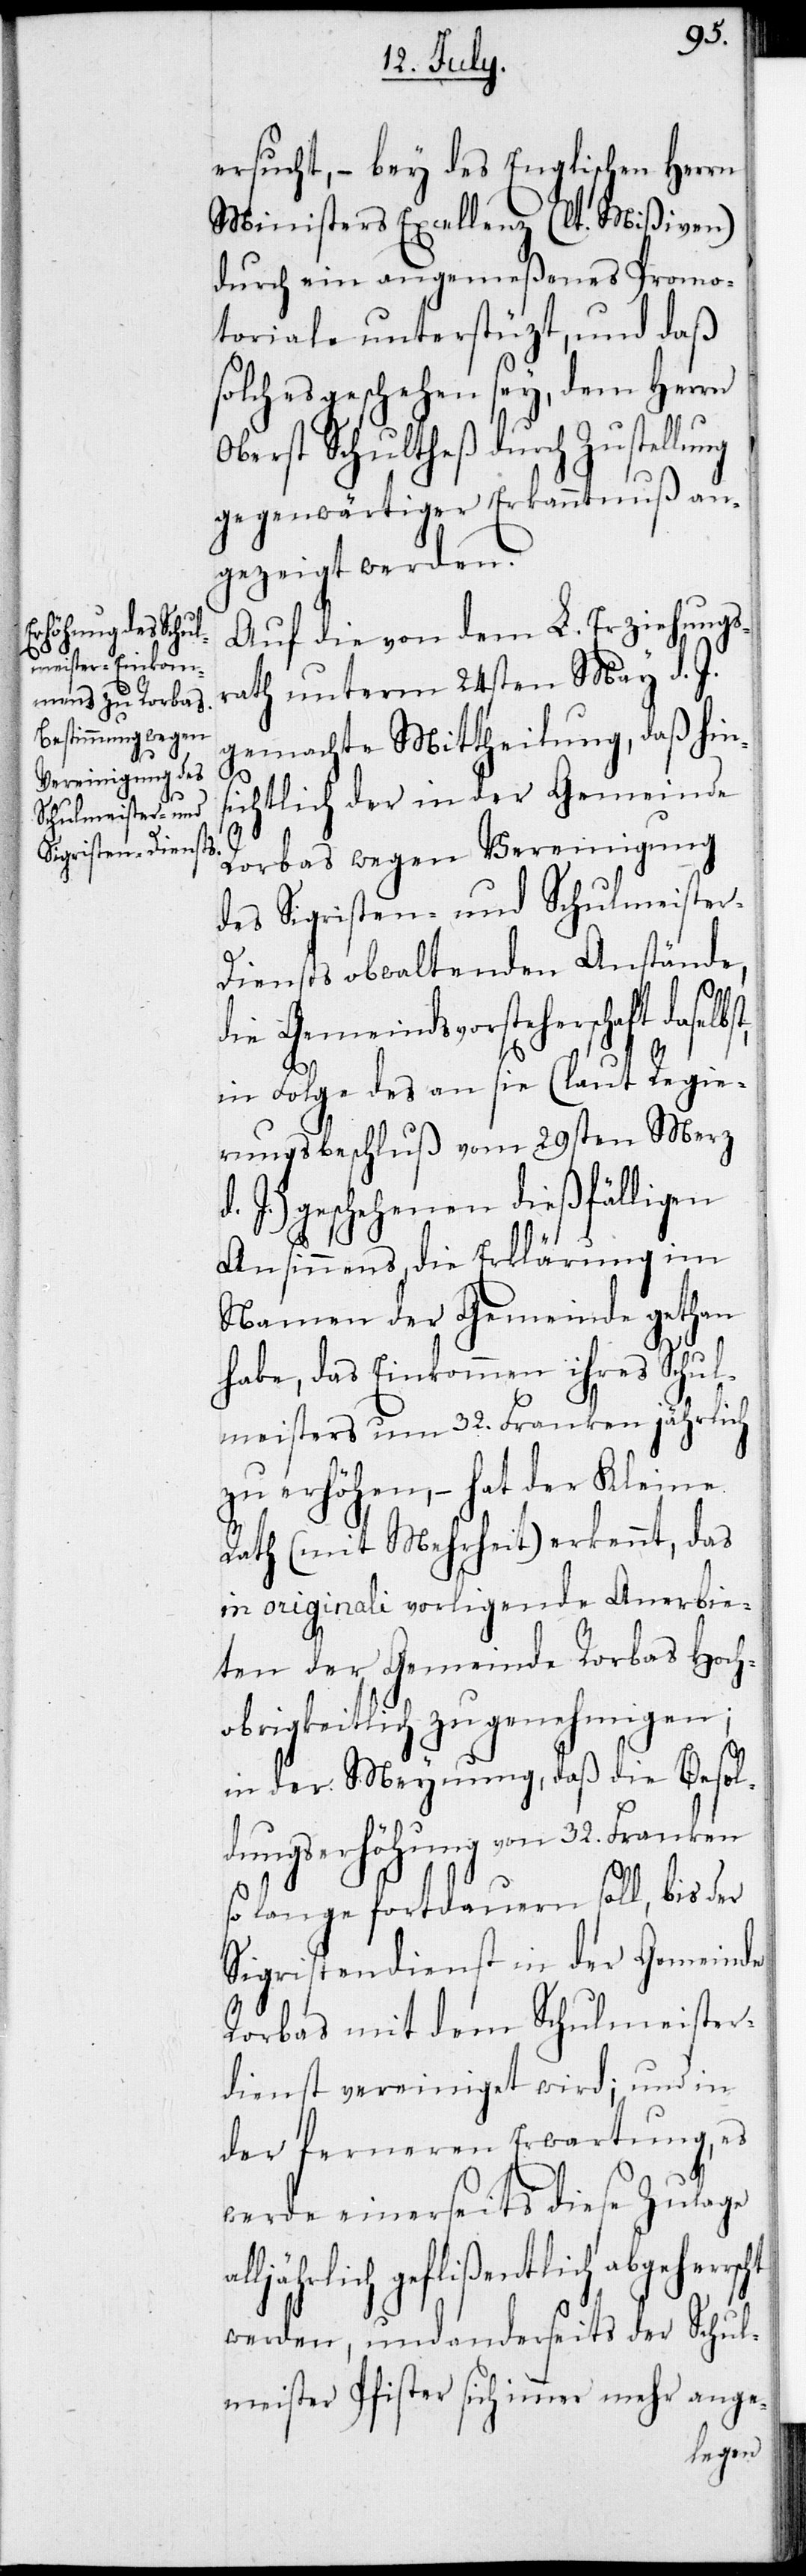
d.

ersucht, – bey des Englischen Herrn
Ministers Excellenz (lt. Mißiven)
durch ein angemeßenes Promo¬
toriale unterstüzt, und daß
solches geschehen sey, dem Herrn
Oberst Schultheß durch Zustellung
gegenwärtiger Erkantnuß an¬
gezeigt werden.
Auf die von dem L. Erziehungs¬
rath unterm 24sten May d. J.
gemachte Mittheilung, daß hin¬
ichtlich der in der Gemeinde
Rorbas wegen Vereinigung
des Sigristen- und Schulmeister-D¬
iensts obwaltenden Anstände,
die Gemeindsvorsteherschaft daselb¬
in Folge des an sie (laut Regie¬
rungsbeschluß vom 29sten Merz
J.) geschehenen dießfälligen
scht
Ansinnens, die Erklärung im
Namen der Gemeinde gethan
habe, das Einkommen ihres Schul¬
meisters um 32. Franken jährlich
zu erhöhen, – hat der Kleine
Rath (mit Mehrheit) erkennt, das
in originali vorligende Anerbie¬
ten der Gemeinde Rorbas Hoch¬
obrigkeitlich zu genehmigen;
in der Meynung, daß die Besol¬
dungserhöhung von 32. Franken
lange fortdauern soll, bis der
Sigristendienst in der Gemeinde
Rorbas mit dem Schulmeister¬
dienst vereinigt wird; und in
der ferneren Erwartung, es
werde einerseits diese Zulage
ljährlich geflißentlich abgeherr¬
werden, und anderseits der Schul¬
meister Pfister sich immer mehr ange-